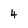
Character: 4